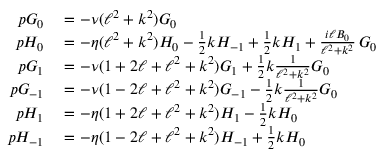
\begin{array} { r l } { p G _ { 0 } } & { { } = - \nu ( \ell ^ { 2 } + k ^ { 2 } ) G _ { 0 } } \\ { p H _ { 0 } } & { { } = - \eta ( \ell ^ { 2 } + k ^ { 2 } ) H _ { 0 } - \frac { 1 } { 2 } { k } H _ { - 1 } + \frac { 1 } { 2 } { k } H _ { 1 } + \frac { i \ell B _ { 0 } } { \ell ^ { 2 } + k ^ { 2 } } \, G _ { 0 } } \\ { p G _ { 1 } } & { { } = - \nu ( 1 + 2 \ell + \ell ^ { 2 } + k ^ { 2 } ) G _ { 1 } + \frac { 1 } { 2 } { k } \frac { 1 } { \ell ^ { 2 } + k ^ { 2 } } G _ { 0 } } \\ { p G _ { - 1 } } & { { } = - \nu ( 1 - 2 \ell + \ell ^ { 2 } + k ^ { 2 } ) G _ { - 1 } - \frac { 1 } { 2 } { k } \frac { 1 } { \ell ^ { 2 } + k ^ { 2 } } G _ { 0 } } \\ { p H _ { 1 } } & { { } = - \eta ( 1 + 2 \ell + \ell ^ { 2 } + k ^ { 2 } ) H _ { 1 } - \frac { 1 } { 2 } { k } H _ { 0 } } \\ { p H _ { - 1 } } & { { } = - \eta ( 1 - 2 \ell + \ell ^ { 2 } + k ^ { 2 } ) H _ { - 1 } + \frac { 1 } { 2 } { k } H _ { 0 } } \end{array}